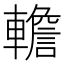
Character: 𨎻